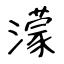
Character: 濛